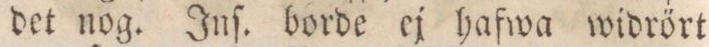
det nog. Inſ. borde ej hafwa widrört